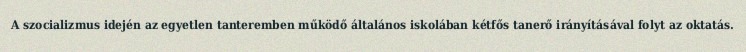
A szocializmus idején az egyetlen tanteremben működő általános iskolában kétfős tanerő irányításával folyt az oktatás.